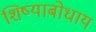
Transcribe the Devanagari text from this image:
शिष्याबोधाय